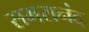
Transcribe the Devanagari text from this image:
समरानंद